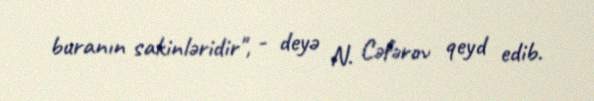
buranın sakinləridir", - deyə N. Cəfərov qeyd edib.